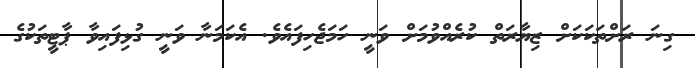
ގިނަ ރަށްތަކަކަށް ޒިޔާރަތް ކުރެއްވުމަށް ވަނީ ހަމަޖެހިފައެވެ. އެކަމަނާ ވަނީ ގުޅިފައިވާ ޕާޓީތަކުގެ